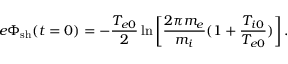
e \Phi _ { \mathrm { s h } } ( t = 0 ) = - \frac { T _ { e 0 } } { 2 } \ln \left[ \frac { 2 \pi m _ { e } } { m _ { i } } ( 1 + \frac { T _ { i 0 } } { T _ { e 0 } } ) \right] .